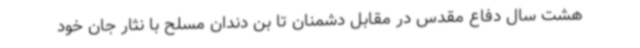
هشت سال دفاع مقدس در مقابل دشمنان تا بن دندان مسلح با نثار جان خود